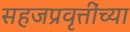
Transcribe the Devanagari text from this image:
सहजप्रवृत्तींच्या